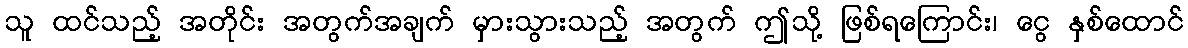
သူ ထင်သည့် အတိုင်း အတွက်အချက် မှားသွားသည့် အတွက် ဤသို့ ဖြစ်ရကြောင်း၊ ငွေ နှစ်ထောင်